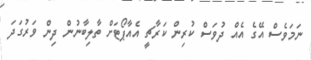
ނަމަވެސް އޭގެ އެއް ދުވަސް ކުރިން ކަރާޗީ އެއާޕޯޓަށް ތާލިބާނުން ދިން ވަރުގަދަ